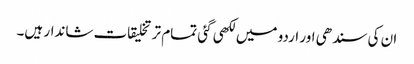
ان کی سندھی اور اردو میں لکھی گئی تمام تر تخلیقات شاندار ہیں۔